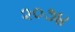
૨૦૭૪